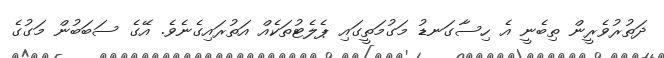
ދަތުރުވެރީން ތިބެނީ އެ ހިސާގަނޑު މަގުމަތީގައި ޕެލެޓުތަކެއް އަތުރައިގެނެވެ. އޭގެ ސަބަބުން މަގުގެ